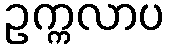
ဥက္ကလာပ